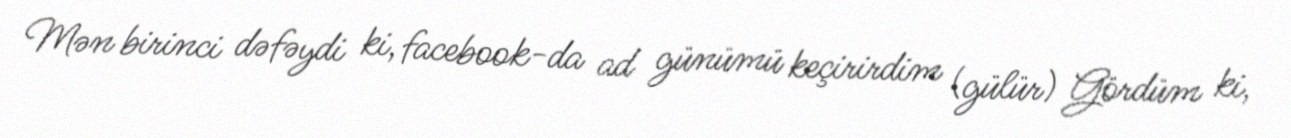
Mən birinci dəfəydi ki, facebook-da ad günümü keçirirdim (gülür) Gördüm ki,